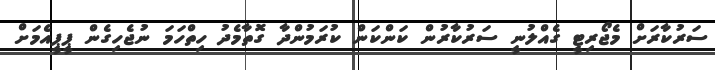
ސަރުކާރަށް މެޖޯރިޓީ ގެއްލުނީ ސަރުކާރުން ކަންކަން ކުރަމުންދާ ގޮތާމެދު ހިތްހަމަ ނުޖެހިގެން ޕީޕީއެމަށް